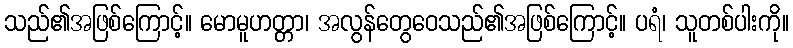
သည်၏အဖြစ်ကြောင့်။ မောမူဟတ္တာ၊ အလွန်တွေဝေသည်၏အဖြစ်ကြောင့်။ ပရံ၊ သူတစ်ပါးကို။